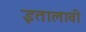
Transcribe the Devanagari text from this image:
इतालावी